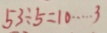
5 3 \div 5 = 1 0 \cdots 3